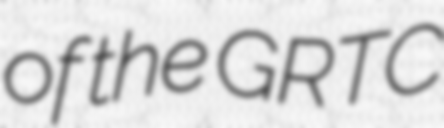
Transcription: of the GRTC